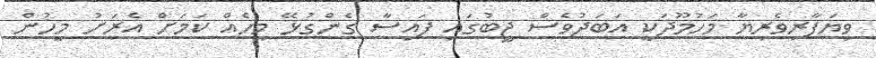
ވިޔަފާރިވެރިޔާ މަހުމޫދަކީ އަބަދުވެސް ޖީބުގައި ފައިސާ ގެންގުޅޭ މީހެއް ކަމަށް އެރަށު މީހުން